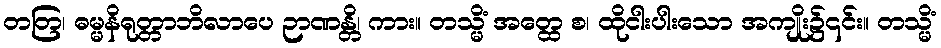
တတြ၊ ဓမ္မနိရုတ္တာဘိလာပေ ဉာဏန္တိ၊ ကား။ တသ္မိံ အတ္ထေ စ၊ ထိုငါးပါးသော အကျိုး၌၎င်း။ တသ္မိံ